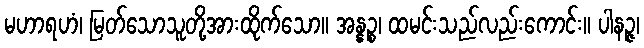
မဟာရဟံ၊ မြတ်သောသူတို့အားထိုက်သော။ အန္နဉ္စ၊ ထမင်းသည်လည်းကောင်း။ ပါနဉ္ဇ၊